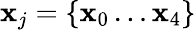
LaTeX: \mathbf{x}_{j}=\{ \mathbf{x}_{0}\ldots\mathbf{x}_{4}\}